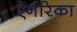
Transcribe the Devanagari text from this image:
ऐनरिका